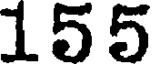
155